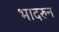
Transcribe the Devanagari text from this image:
भादरुन